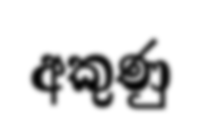
අකුණු